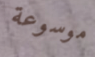
موسوعة